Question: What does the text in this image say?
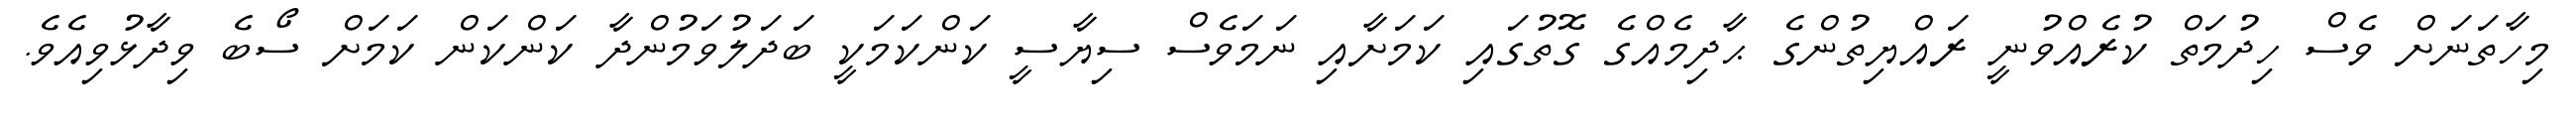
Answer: މިހާތަނަށް ވެސް ހިދުމަތް ކުރެއްވުނީ ރައްޔިތުންގެ ޙާދިމެއްގެ ގޮތުގައި ކަމަށާއި ނަމަވެސް ސިޔާސީ ކަންކަމަކީ ބަދަލުވަމުންދާ ކަންކަން ކަމަށް ސޯބެ ވިދާޅުވިއެވެ.